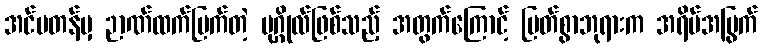
အင်မတန်မှ ဉာဏ်ထက်မြက်တဲ့ ပုဂ္ဂိုလ်ဖြစ်သည့် အတွက်ကြောင့် မြတ်စွာဘုရားက အရိပ်အမြွက်